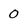
Character: 0